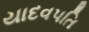
યાદવપતિ